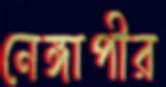
নেঙ্গাপীর